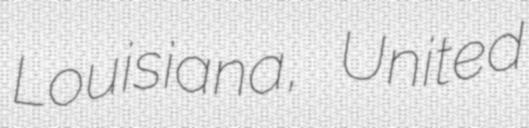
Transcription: Louisiana, United